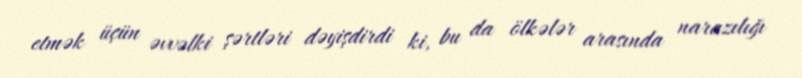
etmək üçün əvvəlki şərtləri dəyişdirdi ki, bu da ölkələr arasında narazılığı